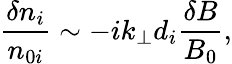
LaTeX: \frac{\delta n_{i}}{n_{0i}}\sim-ik_{\perp}d_{i}\frac{\delta B}{B_{0}},